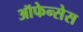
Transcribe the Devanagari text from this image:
ऑफेन्सेस